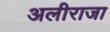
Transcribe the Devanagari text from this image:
अलीराजा